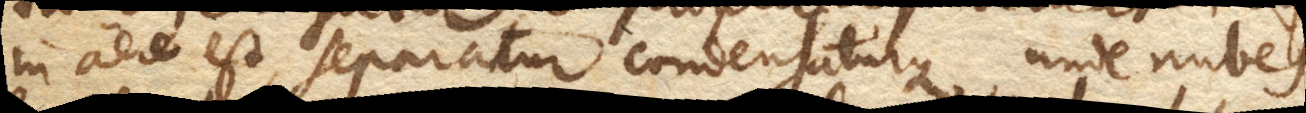
in aere est, separatur condensaturque, unde nubes